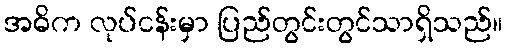
အဓိက လုပ်ငန်းမှာ ပြည်တွင်းတွင်သာရှိသည်။